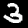
Digit: 3